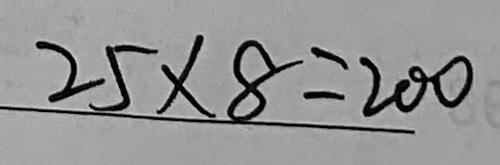
2 5 \times 8 = 2 0 0